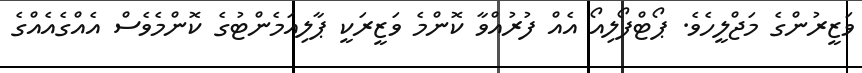
ވަޒީރުންގެ މަޖްލީހެވެ. ޕޯޓްފޯލިއޯ އެއް ފުރުއްވާ ކޮންމެ ވަޒީރަކީ ޕާލިއަމެންޓުގެ ކޮންމެވެސް އެއްގެއެއްގެ